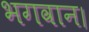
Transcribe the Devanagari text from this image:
भगवान।